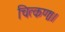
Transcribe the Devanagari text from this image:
चित्कणः।।